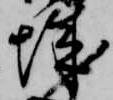
城